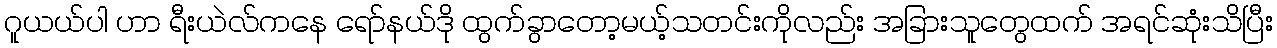
ဂူယယ်ပါ ဟာ ရီးယဲလ်ကနေ ရော်နယ်ဒို ထွက်ခွာတော့မယ့်သတင်းကိုလည်း အခြားသူတွေထက် အရင်ဆုံးသိပြီး